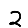
Digit: 2